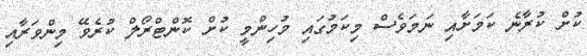
ކުށް ކުރާނެ ކަމަށާއި ނަމަވެސް މިކަމުގައި މުހިންމީ ކުށް ކޮންޓްރޯލް ކުރެވޭ މިންވަރާއި